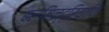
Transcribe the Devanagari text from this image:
बलमिन्द्रियाणि